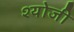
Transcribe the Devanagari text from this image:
श्योजी